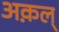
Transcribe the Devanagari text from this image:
अक़ल्‌